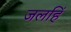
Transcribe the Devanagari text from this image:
जलहिं